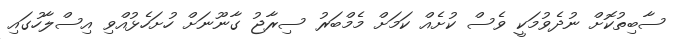
ސާބިތުކޮށް ނުދެވުމަކީ ވެސް ކުށެއް ކަމަށް މެމްބަރު ސިރާޖު ގާނޫނަށް ހުށަހެޅުއްވި އިސްލާހުގައި